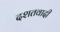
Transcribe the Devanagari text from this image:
दशतवादी